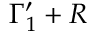
\Gamma _ { 1 } ^ { \prime } + R